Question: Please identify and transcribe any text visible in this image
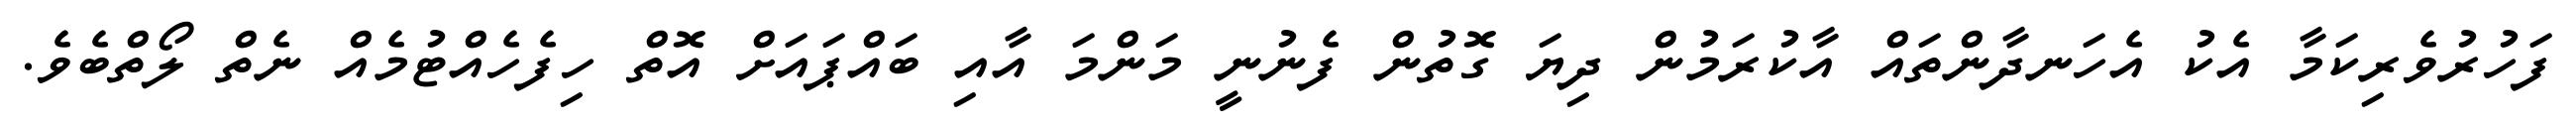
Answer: ފަހުރުވެރިކަމާ އެކު އެހަނދާންތައް އާކުރަމުން ދިޔަ ގޮތުން ފެނުނީ މަންމަ އާއި ބައްޕައަށް އޮތް ހިފެހެއްޓުމެއް ނެތް ލޯތްބެވެ.